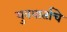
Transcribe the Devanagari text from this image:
युववार्ताचे